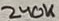
Text: 240K